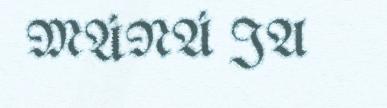
MÁNÁ JA